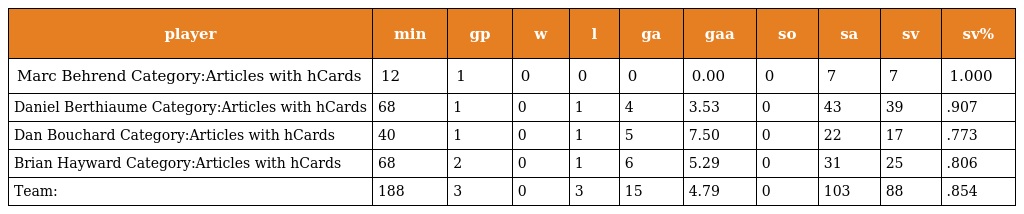
| player | min | gp | w | l | ga | gaa | so | sa | sv | sv% |
 | --- | --- | --- | --- | --- | --- | --- | --- | --- | --- | --- |
 | Marc Behrend Category:Articles with hCards | 12 | 1 | 0 | 0 | 0 | 0.00 | 0 | 7 | 7 | 1.000 |
 | Daniel Berthiaume Category:Articles with hCards | 68 | 1 | 0 | 1 | 4 | 3.53 | 0 | 43 | 39 | .907 |
 | Dan Bouchard Category:Articles with hCards | 40 | 1 | 0 | 1 | 5 | 7.50 | 0 | 22 | 17 | .773 |
 | Brian Hayward Category:Articles with hCards | 68 | 2 | 0 | 1 | 6 | 5.29 | 0 | 31 | 25 | .806 |
 | Team: | 188 | 3 | 0 | 3 | 15 | 4.79 | 0 | 103 | 88 | .854 |